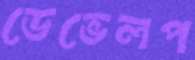
ডেভেলপ